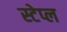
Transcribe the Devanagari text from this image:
स्टेप्ल